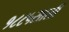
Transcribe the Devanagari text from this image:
१८८५साली